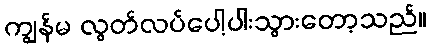
ကျွန်မ လွတ်လပ်ပေါ့ပါးသွားတော့သည်။